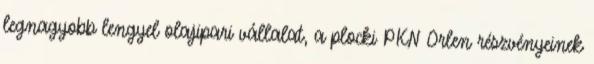
legnagyobb lengyel olajipari vállalat, a plocki PKN Orlen részvényeinek